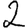
Digit: 2